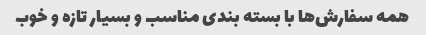
همه سفارش‌ها با بسته بندی مناسب و بسیار تازه و خوب